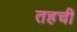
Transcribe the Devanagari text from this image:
तहची